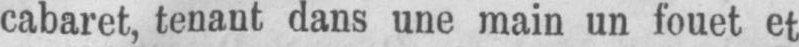
cabaret, tenant dans une main un fouet et